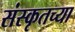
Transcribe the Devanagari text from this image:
संस्‍कृतच्या